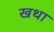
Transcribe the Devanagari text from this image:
खथा